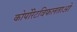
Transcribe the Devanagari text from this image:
कोर्पोरेटविफलताओ